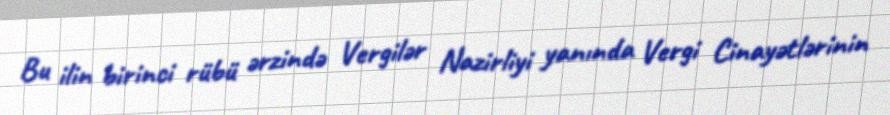
Bu ilin birinci rübü ərzində Vergilər Nazirliyi yanında Vergi Cinayətlərinin